Document type: Grant
Year: 1445
Scribe: Antoni Gomar
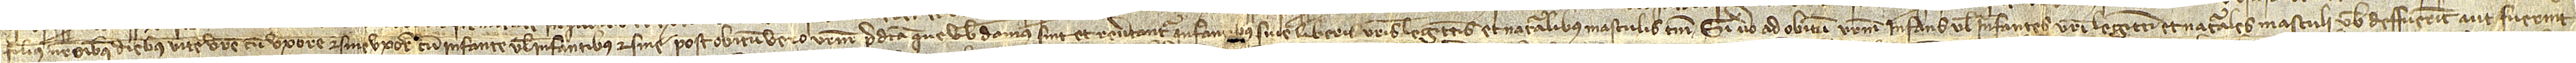
filius noster omnibus diebus vite vestre, cum uxore et sine uxore, cum infante vel infantibus et sine. Post obitum vero vestrum predicta que vobis damus sint et revertantur infantibus sive liberis vestris legittimis et naturalibus masculis tamen. Si vero ad obitum vestrum infans vel infantes vestri legittimi et naturales masculi vobis deffuerint aut fuerint